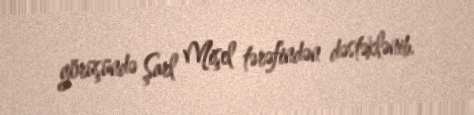
görüşündə Şarl Mişel tərəfindən dəstəklənib.